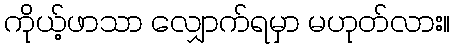
ကိုယ့်ဖာသာ လျှောက်ရမှာ မဟုတ်လား။